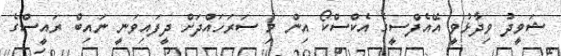
ޝަވީދު ވިދާޅުވީ އޭއެފްސީގެ އެކްސްކޯ އިން މި ސަރަހައްދަށް ދީފައިވަނީ ނައިބް ރައީސްގެ